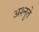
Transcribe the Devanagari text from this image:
अश्नुते